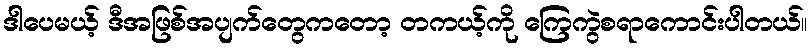
ဒါပေမယ့် ဒီအဖြစ်အပျက်တွေကတော့ တကယ့်ကို ကြေကွဲစရာကောင်းပါတယ်။